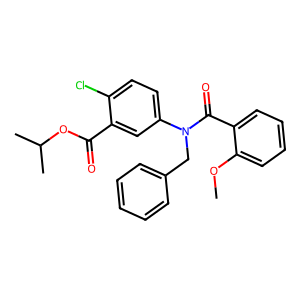
SMILES: COc1ccccc1C(=O)N(Cc1ccccc1)c1ccc(Cl)c(C(=O)OC(C)C)c1
Inhibits HIV replication: No